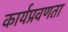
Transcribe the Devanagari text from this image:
कार्यप्रवणता